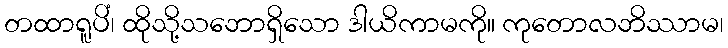
တထာရူပိံ၊ ထိုသို့သဘောရှိသော ဒါယိကာမကို။ ကုတောလဘိဿာမ၊